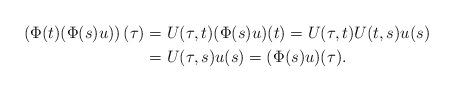
LaTeX: \begin{align*}\left( \Phi(t)(\Phi(s)u)\right) (\tau) & =U(\tau,t)(\Phi(s)u)(t)=U(\tau,t)U(t,s)u(s)\\& =U(\tau,s)u(s)=(\Phi(s)u)(\tau).\end{align*}